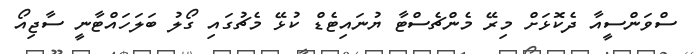
ސްވަންސީއާ ދެކޮޅަށް މިރޭ މެންޗެސްޓާ ޔުނައިޓެޑް ކުޅޭ މެޗުގައި ގޯލު ބަލަހައްޓާނީ ސާޖިއޯ